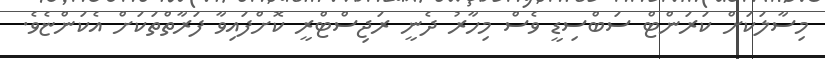
މިސާލަކަށް ކަރަންޓް ސަބްސިޑީ ވެސް މިހާރު ދެނީ ރަޖިސްޓްރީ ކޮށްފައިވާ ފަރާތްތަކަށް އެކަންޏެވެ.